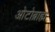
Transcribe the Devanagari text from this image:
ओटोब्राह्म